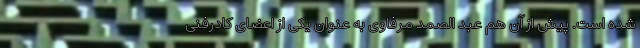
شده است. پیش از آن هم عبد الصمد مرفاوی به عنوان یکی از اعضای کادرفنی